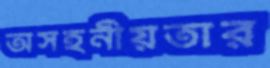
অসহনীয়তার